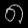
Digit: ၈